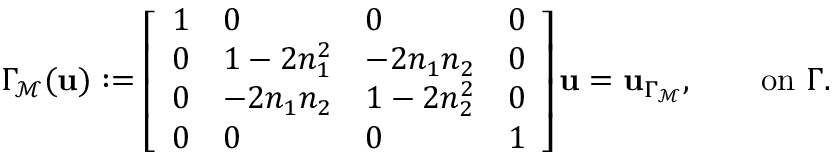
\Gamma _ { \mathcal { M } } ( \mathbf { u } ) : = \left[ \begin{array} { l l l l } { 1 } & { 0 } & { 0 } & { 0 } \\ { 0 } & { 1 - 2 n _ { 1 } ^ { 2 } } & { - 2 n _ { 1 } n _ { 2 } } & { 0 } \\ { 0 } & { - 2 n _ { 1 } n _ { 2 } } & { 1 - 2 n _ { 2 } ^ { 2 } } & { 0 } \\ { 0 } & { 0 } & { 0 } & { 1 } \end{array} \right] \mathbf { u } = \mathbf { u } _ { \Gamma _ { \mathcal { M } } } , \qquad \mathrm { o n } ~ \Gamma .